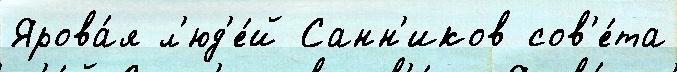
Ярова́я л'юд'е́й Санн'иков сов'е́та